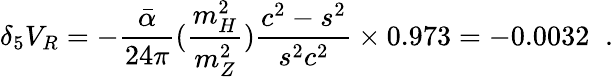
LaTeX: \delta_{5}V_{R}=-\frac{\bar{\alpha}}{24\pi}(\frac{m_{H}^{2}}{m_{Z}^{2}})\frac{c^{2}-s^{2}}{s^{2}c^{2}}\times 0.973=-0.0032\; \; .